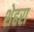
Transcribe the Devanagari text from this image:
शेहरा